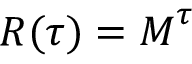
\boldsymbol { R } ( \tau ) = \boldsymbol { M } ^ { \tau }